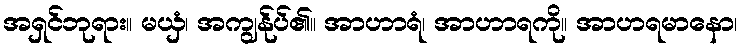
အရှင်ဘုရား။ မယှံ၊ အကျွန်ုပ်၏။ အာဟာရံ၊ အာဟာရကို။ အာဟရမာနော၊